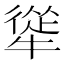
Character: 㹐